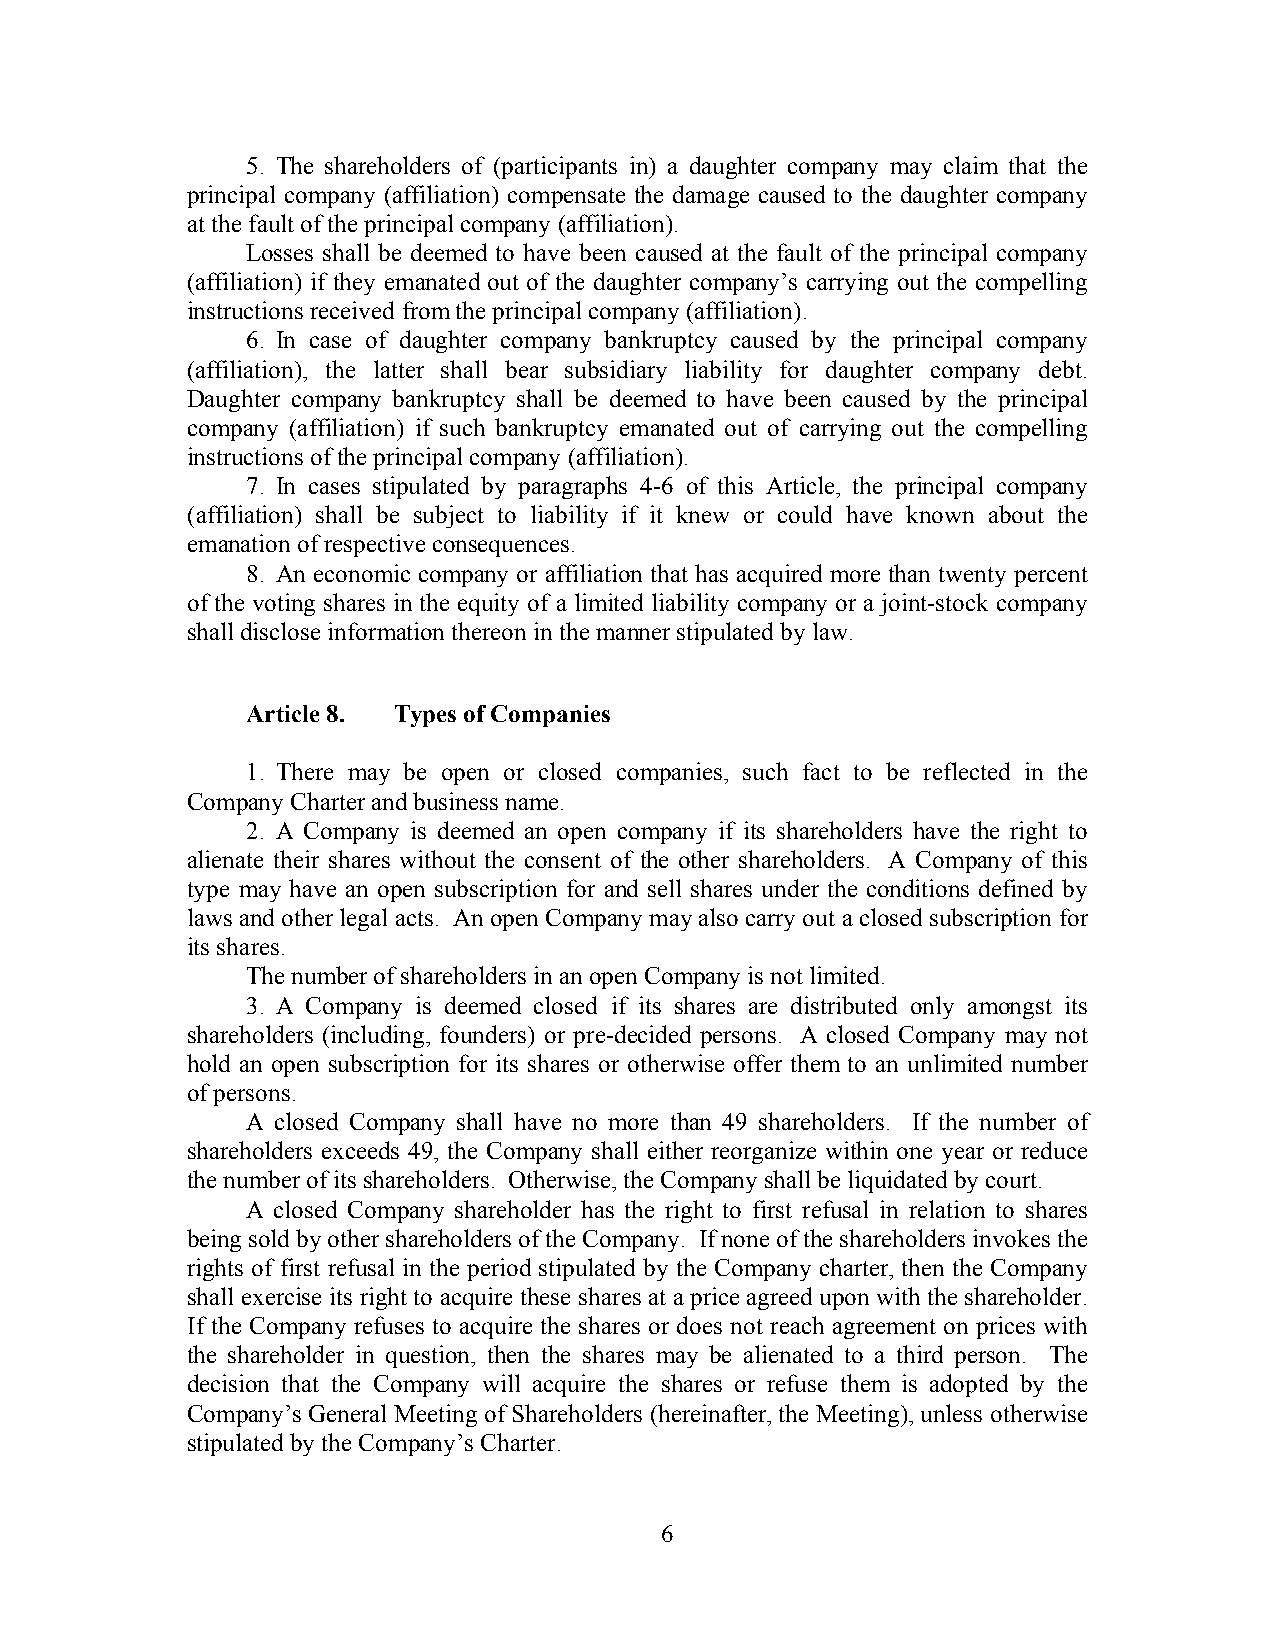
5. The shareholders of (participants in) a daughter company may claim that the
 principal company (affiliation) compensate the damage caused to the daughter company
 at the fault of the principal company (affiliation).
 Losses shall be deemed to have been caused at the fault of the principal company
 (affiliation) if they emanated out of the daughter company’s carrying out the compelling
 instructions received from the principal company (affiliation).
 6. In case of daughter company bankruptcy caused by the principal company
 (affiliation), the latter shall bear subsidiary liability for daughter company debt.
 Daughter company bankruptcy shall be deemed to have been caused by the principal
 company (affiliation) if such bankruptcy emanated out of carrying out the compelling
 instructions of the principal company (affiliation).
 7. In cases stipulated by paragraphs 4-6 of this Article, the principal company
 (affiliation) shall be subject to liability if it knew or could have known about the
 emanation of respective consequences.
 8. An economic company or affiliation that has acquired more than twenty percent
 of the voting shares in the equity of a limited liability company or a joint-stock company
 shall disclose information thereon in the manner stipulated by law.
 Article 8. Types of Companies
 1. There may be open or closed companies, such fact to be reflected in the
 Company Charter and business name.
 2. A Company is deemed an open company if its shareholders have the right to
 alienate their shares without the consent of the other shareholders. A Company of this
 type may have an open subscription for and sell shares under the conditions defined by
 laws and other legal acts. An open Company may also carry out a closed subscription for
 its shares.
 The number of shareholders in an open Company is not limited.
 3. A Company is deemed closed if its shares are distributed only amongst its
 shareholders (including, founders) or pre-decided persons. A closed Company may not
 hold an open subscription for its shares or otherwise offer them to an unlimited number
 of persons.
 A closed Company shall have no more than 49 shareholders. If the number of
 shareholders exceeds 49, the Company shall either reorganize within one year or reduce
 the number of its shareholders. Otherwise, the Company shall be liquidated by court.
 A closed Company shareholder has the right to first refusal in relation to shares
 being sold by other shareholders of the Company. If none of the shareholders invokes the
 rights of first refusal in the period stipulated by the Company charter, then the Company
 shall exercise its right to acquire these shares at a price agreed upon with the shareholder.
 If the Company refuses to acquire the shares or does not reach agreement on prices with
 the shareholder in question, then the shares may be alienated to a third person. The
 decision that the Company will acquire the shares or refuse them is adopted by the
 Company’s General Meeting of Shareholders (hereinafter, the Meeting), unless otherwise
 stipulated by the Company’s Charter.
 6